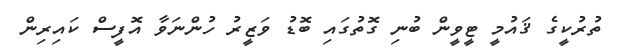
ތުރުކީގެ ޤައުމީ ޓީވީން ބުނި ގޮތުގައި ބޮޑު ވަޒީރު ހުންނަވާ އޮފީސް ކައިރިން